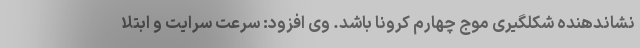
نشاندهنده شکلگیری موج چهارم کرونا باشد. وی افزود: سرعت سرایت و ابتلا